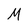
Character: M